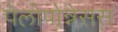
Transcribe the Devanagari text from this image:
पेलोपोन्नेसस